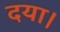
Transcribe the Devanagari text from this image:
दया।